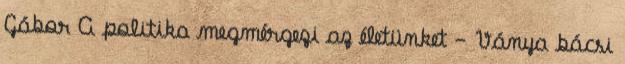
Gábor A politika megmérgezi az életünket - Ványa bácsi